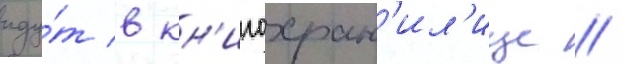
иду́т в кн'игохран'ил'ище /